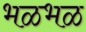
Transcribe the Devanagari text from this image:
भळभळ